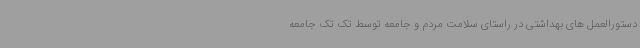
دستورالعمل های بهداشتی در راستای سلامت مردم و جامعه توسط تک تک جامعه